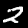
Digit: 2